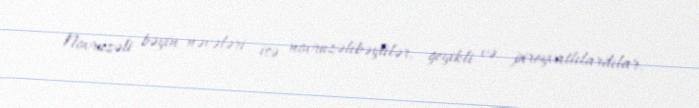
Novruzəli bəyin nəvələri isə novruzəlibəylilər, geyikli və pireyvatlılardılar.